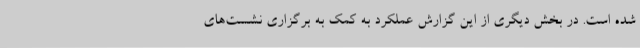
شده است. در بخش دیگری از این گزارش عملکرد به کمک به برگزاری نشست‌های